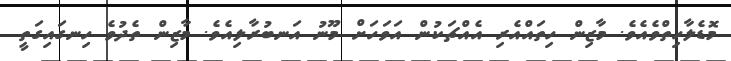
މޮޑެލާހިތްވެއެވެ. މާޒިން ހިތައްއެރި އެއްޗަކުން އަވަހަށް މޫނު އަނބުރާލިއެވެ. މާޒިން ތެދުވެ ހިނގައިގަތީ